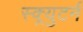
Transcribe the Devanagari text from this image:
स्क्र्युटर्न